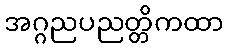
အဂ္ဂညပညတ္တိကထာ